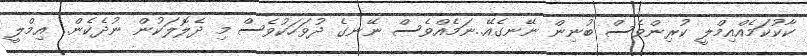
ކާކުކަމެއްއިމްލީ ކުރިންވެސް ބުނިން ނޭނގެއޭ..ނަމެއްވެސް ނޭނގެ ދުވަހަކުވެސް މި ދެލޮލަކުން ނުދެކެން.. އިމްލީ